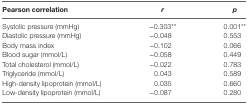
<table><thead><tr><td><b>Pearson correlation</b></td><td><b><i>r</i></b></td><td><b><i>p</i></b></td></tr></thead><tbody><tr><td>Systolic pressure (mmHg)</td><td>−0.303**</td><td>0.001**</td></tr><tr><td>Diastolic pressure (mmHg)</td><td>−0.048</td><td>0.553</td></tr><tr><td>Body mass index</td><td>−0.102</td><td>0.066</td></tr><tr><td>Blood sugar (mmol/L)</td><td>−0.058</td><td>0.449</td></tr><tr><td>Total cholesterol (mmol/L)</td><td>−0.022</td><td>0.783</td></tr><tr><td>Triglyceride (mmol/L)</td><td>0.043</td><td>0.589</td></tr><tr><td>High-density lipoprotein (mmol/L)</td><td>0.035</td><td>0.660</td></tr><tr><td>Low-density lipoprotein (mmol/L)</td><td>−0.087</td><td>0.280</td></tr></tbody></table>